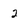
Character: 2